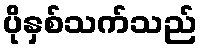
ပိုနှစ်သက်သည်